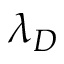
\lambda _ { D }